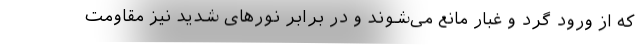
که از ورود گرد و غبار مانع می‌شوند و در برابر نورهای شدید نیز مقاومت